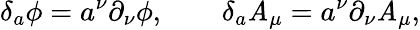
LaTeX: \delta_{a}\phi=a^{\nu}\partial_{\nu}\phi,\qquad\delta_{a}\mathit{A}_{\mu}=a^{\nu}\partial_{\nu}\mathit{A}_{\mu},